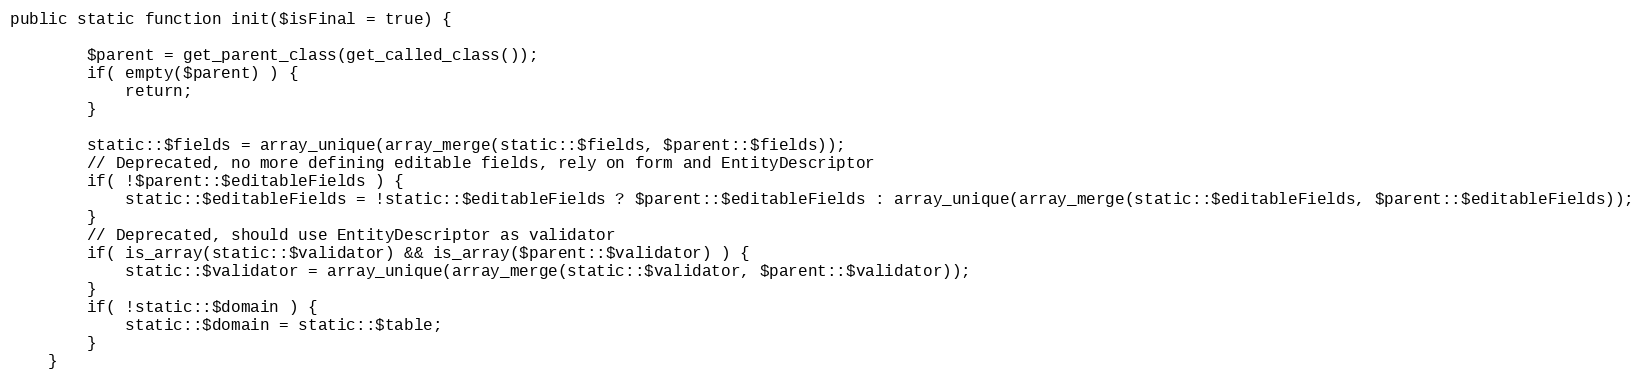
Language: PHP
public static function init($isFinal = true) {

		$parent = get_parent_class(get_called_class());
		if( empty($parent) ) {
			return;
		}

		static::$fields = array_unique(array_merge(static::$fields, $parent::$fields));
		// Deprecated, no more defining editable fields, rely on form and EntityDescriptor
		if( !$parent::$editableFields ) {
			static::$editableFields = !static::$editableFields ? $parent::$editableFields : array_unique(array_merge(static::$editableFields, $parent::$editableFields));
		}
		// Deprecated, should use EntityDescriptor as validator
		if( is_array(static::$validator) && is_array($parent::$validator) ) {
			static::$validator = array_unique(array_merge(static::$validator, $parent::$validator));
		}
		if( !static::$domain ) {
			static::$domain = static::$table;
		}
	}